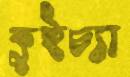
কুইচ্যা